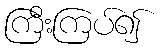
ကြီးကြပ်၍